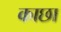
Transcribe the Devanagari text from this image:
काछा